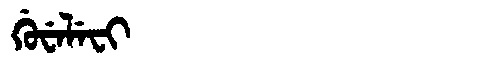
Manchu: ᡤᡠᠸᡝᠯᡝᠸᡳ
Romanization: GUWELEFI